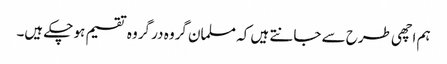
ہم اچھی طرح سے جانتے ہیں کہ مسلمان گروہ در گروہ تقسیم ہو چکے ہیں۔